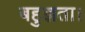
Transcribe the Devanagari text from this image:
बहुज्ञता।